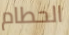
الحطام